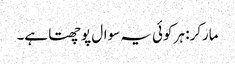
مارکر: ہر کوئی یہ سوال پوچھتا ہے۔